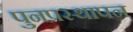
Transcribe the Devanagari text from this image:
पुनप्रस्थापन